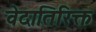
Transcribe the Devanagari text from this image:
वेदातिरिक्त